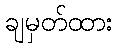
ချမှတ်ထား